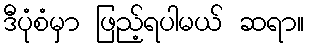
ဒီပုံစံမှာ ဖြည့်ရပါမယ် ဆရာ။